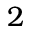
2